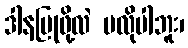
ဒါနပြုဖို့လဲ မလိုပါဘူး၊